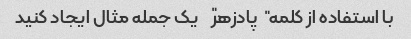
با استفاده از کلمه "پادزهر" یک جمله مثال ایجاد کنید